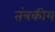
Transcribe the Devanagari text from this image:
तंत्रकीय